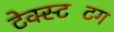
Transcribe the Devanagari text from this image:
टेक्स्टटिंग